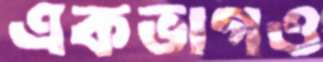
একভাগও